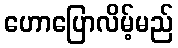
ဟောပြောလိမ့်မည်